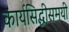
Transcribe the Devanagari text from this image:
कार्यसिद्धीसमयी